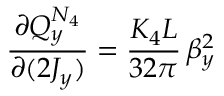
\frac { \partial Q _ { y } ^ { N _ { 4 } } } { \partial ( 2 J _ { y } ) } = \frac { K _ { 4 } L } { 3 2 \pi } \, \beta _ { y } ^ { 2 }